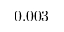
0 . 0 0 3